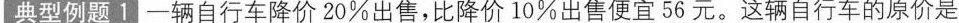
典型例题1一辆自行车降价20%出售，比降价10%出售便宜56元。这辆自行车的原价是